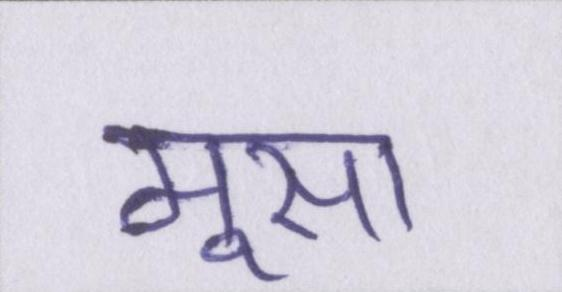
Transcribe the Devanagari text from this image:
मूसा